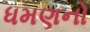
ધમણનો